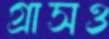
গ্রাসও